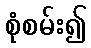
စုံစမ်း၍